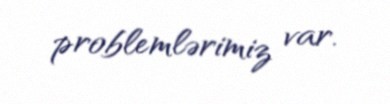
problemlərimiz var.